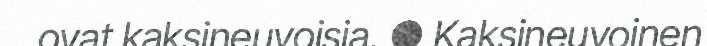
ovat kaksineuvoisia. ● Kaksineuvoinen